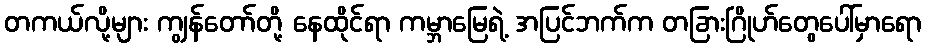
တကယ်လို့များ ကျွန်တော်တို့ နေထိုင်ရာ ကမ္ဘာမြေရဲ့ အပြင်ဘက်က တခြားဂြိုဟ်တွေပေါ်မှာရော